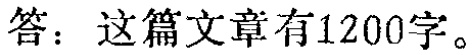
答：这篇文章有1200字。